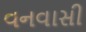
વનવાસી